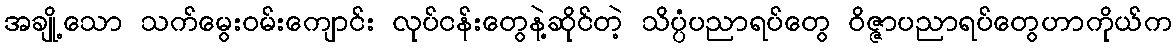
အချို့သော သက်မွေးဝမ်းကျောင်း လုပ်ငန်းတွေနဲ့ဆိုင်တဲ့ သိပ္ပံပညာရပ်တွေ ဝိဇ္ဇာပညာရပ်တွေဟာကိုယ်က